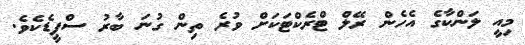
މިއީ ލަންކާގެ އެހެން ރޭލް ޓްރެކްޓަކަށް ވުރެ ތިން ގުނަ ބާރު ސްޕީޑެކެވެ.